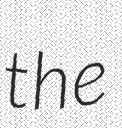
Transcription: the